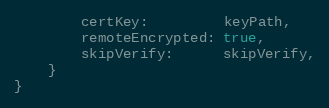
Language: Go
		certKey:         keyPath,
		remoteEncrypted: true,
		skipVerify:      skipVerify,
	}
}